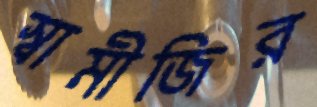
স্বামীজির